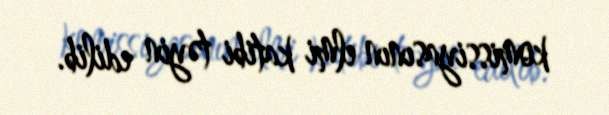
komissiyasının elmi katibi təyin edilib.